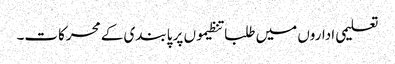
تعلیمی اداروں میں طلبا تنظیموں پر پابندی کے محرکات۔